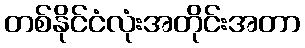
တစ်နိုင်ငံလုံးအတိုင်းအတာ